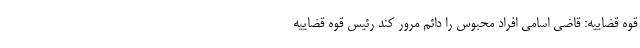
قوه قضاییه: قاضی اسامی افراد محبوس را دائم مرور کند رئیس قوه قضاییه